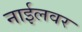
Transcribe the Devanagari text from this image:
नाईलवर